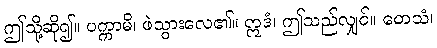
ဤသို့ဆို၍။ ပက္ကာမိ၊ ဖဲသွားလေ၏။ ဣဒံ၊ ဤသည်လျှင်။ တေသံ၊